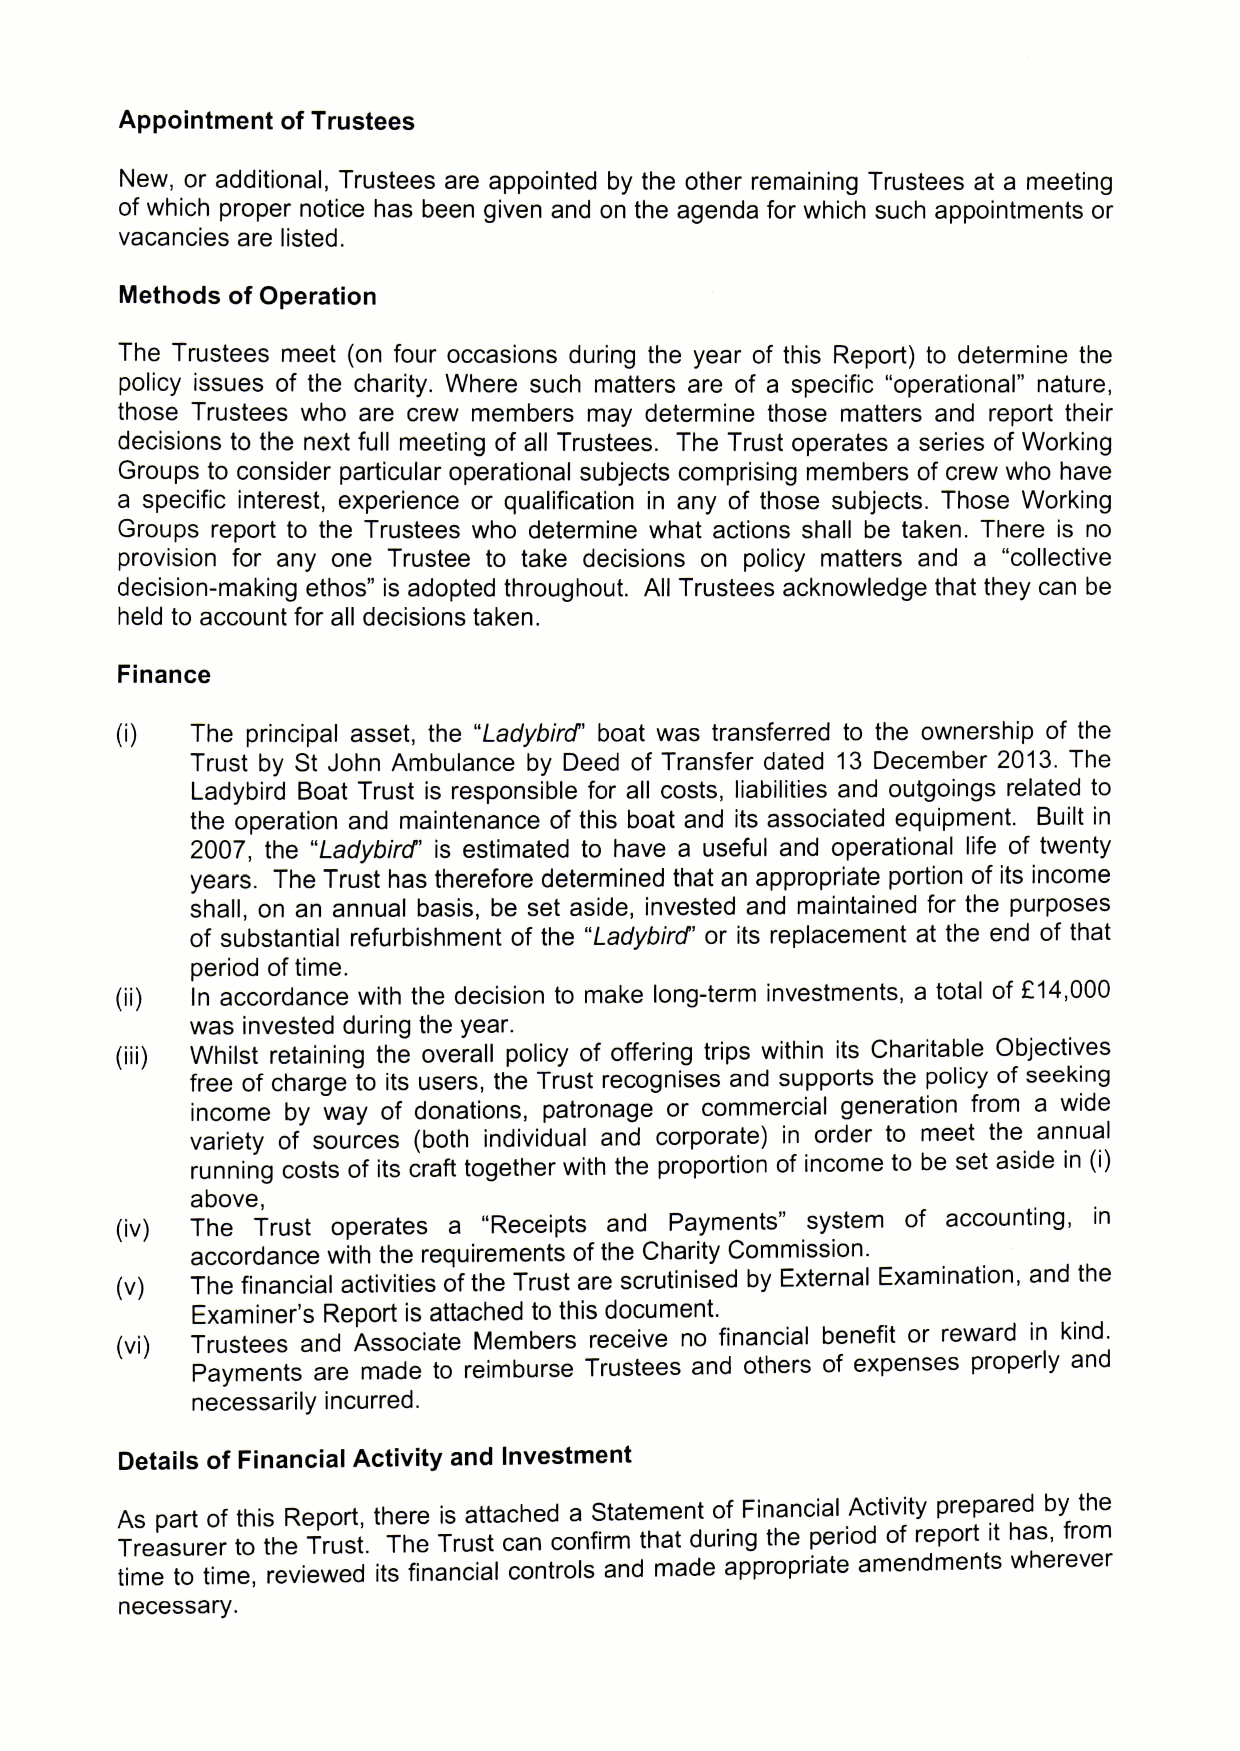
Appointment of Trustees
 New, or additional, Trustees are appointed by the other remaining Trustees at a meeting
 of which proper notice has been given and on the agenda for which such appointments or
 vacancies are listed.
 Methods of Operation
 The Trustees meet (on four occasions during the year of this Report) to determine the
 policy issues of the charity. Where such matters are of a specific "operational" nature,
 those Trustees who are crew members may determine those matters and report their
 decisions to the next full meeting of all Trustees. The Trust operates a series of Working
 Groups to consider particular operational subjects comprising members of crew who have
 a specific interest, experience or qualification in any of those subjects. Those Working
 Groups report to the Trustees who determine what actions shall be taken. There is no
 provision for any one Trustee to take decisions on policy matters and a "collective
 decision-making ethos" is adopted throughout. All Trustees acknowledge that they can be
 held to account for all decisions taken.
 Finance
 The principal asset, the "Ladybird" boat was transferred to the ownership of the
 Trust by St John Ambulance by Deed of Transfer dated 13 December 2013. The
 Ladybird Boat Trust is responsible for all costs, liabilities and outgoings related to
 the operation and maintenance of this boat and its associated equipment. Built in
 2007, the "Ladybird" is estimated to have a useful and operational life of twenty
 years. The Trust has therefore determined that an appropriate portion of its income
 shall, on an annual basis, be set aside, invested and maintained for the purposes
 of substantial refurbishment of the "Ladybircf' or its replacement at the end of that
 period oftime.
 In accordance with the decision to make long-term investments, a total of f14,000
 was invested during the year.
 Whilst retaining the overall policy of offering trips within its Charitable Objectives
 free of charge to its users, the Trust recognises and supports the policy of seeking
 income by way of donations, patronage or commercial generation from a wide
 variety of sources (both individual and corporate) in order to meet the annual
 running costs of its craft together with the proportion of income to be set aside in (i)
 above,
 (iv) The Trust operates a "Receipts and Payments" system of accounting, in
 accordance with the requirements ofthe Charity Commission.
 (v)  The financial activities of the Trust are scrutinised by External Examination, and the
 Examiner's Report is attached to this document.
 (vi) TIustees and Associate Members receive no financial benefit or reward in ki' nd..
 Payments are made to reimburse Trustees and others of expenses properly aannd
 necessarily incurred.
 Details of Financial Activity and Investment
 Ass paart oof thiiss Report, there is attached a Statement of Financial Activity prepared by the
 Treasurer to the Trust. The Trust can confirm that during the period o repo i
 time to time, reviewed its financial controls and made appropriate amendments wherever
 necessary.